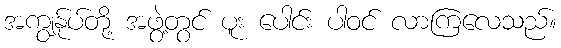
အကျွန်ုပ်တို့ အဖွဲ့တွင် ပူး ပေါင်း ပါဝင် လာကြလေသည်။